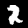
Digit: 2